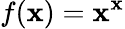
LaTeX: f(\mathbf{x})=\mathbf{x}^{\mathbf{x}}